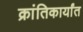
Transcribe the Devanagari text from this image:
क्रांतिकार्यांत